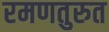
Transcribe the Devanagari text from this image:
रमणतुरुत